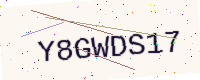
Text: Y8GWDS17